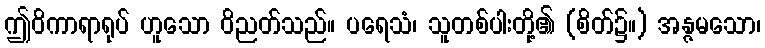
ဤဝိကာရာရုပ် ဟူသော ဝိညတ်သည်။ ပရေသံ၊ သူတစ်ပါးတို့၏ (စိတ်၌။) အန္ဇမသော၊